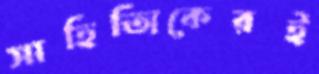
সাহিত্যিকেরই